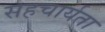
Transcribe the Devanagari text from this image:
सहचार्यता